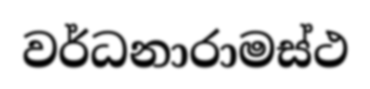
වර්ධනාරාමස්ථ